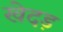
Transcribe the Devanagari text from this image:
खेदड़